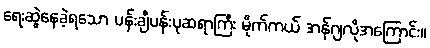
ရေးဆွဲနေခဲ့ရသော ပန်းချီပန်းပုဆရာကြီး မိုက်ကယ် အန်ဂျလိုအကြောင်း။